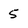
Character: 5